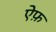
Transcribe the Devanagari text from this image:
ऐफ़